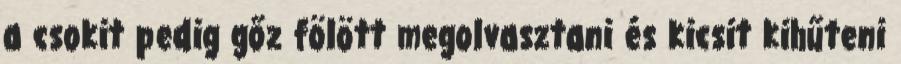
a csokit pedig gőz fölött megolvasztani és kicsit kihűteni